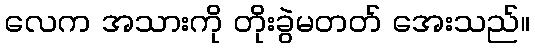
လေက အသားကို တိုးခွဲမတတ် အေးသည်။